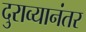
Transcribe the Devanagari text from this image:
दुराव्यानंतर